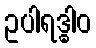
ဥပါရဒ္ဓါဝ